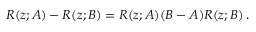
R ( z ; A ) - R ( z ; B ) = R ( z ; A ) ( B - A ) R ( z ; B ) \, .